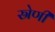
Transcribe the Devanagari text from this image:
स्रेणी